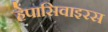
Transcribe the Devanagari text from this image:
हेपासिवाइरस